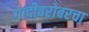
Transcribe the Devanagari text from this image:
गादीबरोबरचा